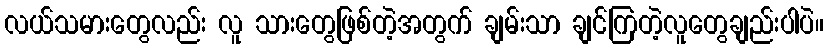
လယ်သမားတွေလည်း လူ သားတွေဖြစ်တဲ့အတွက် ချမ်းသာ ချင်ကြတဲ့လူတွေချည်းပါပဲ။